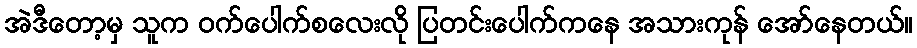
အဲဒီတော့မှ သူက ဝက်ပေါက်စလေးလို ပြတင်းပေါက်ကနေ အသားကုန် အော်နေတယ်။